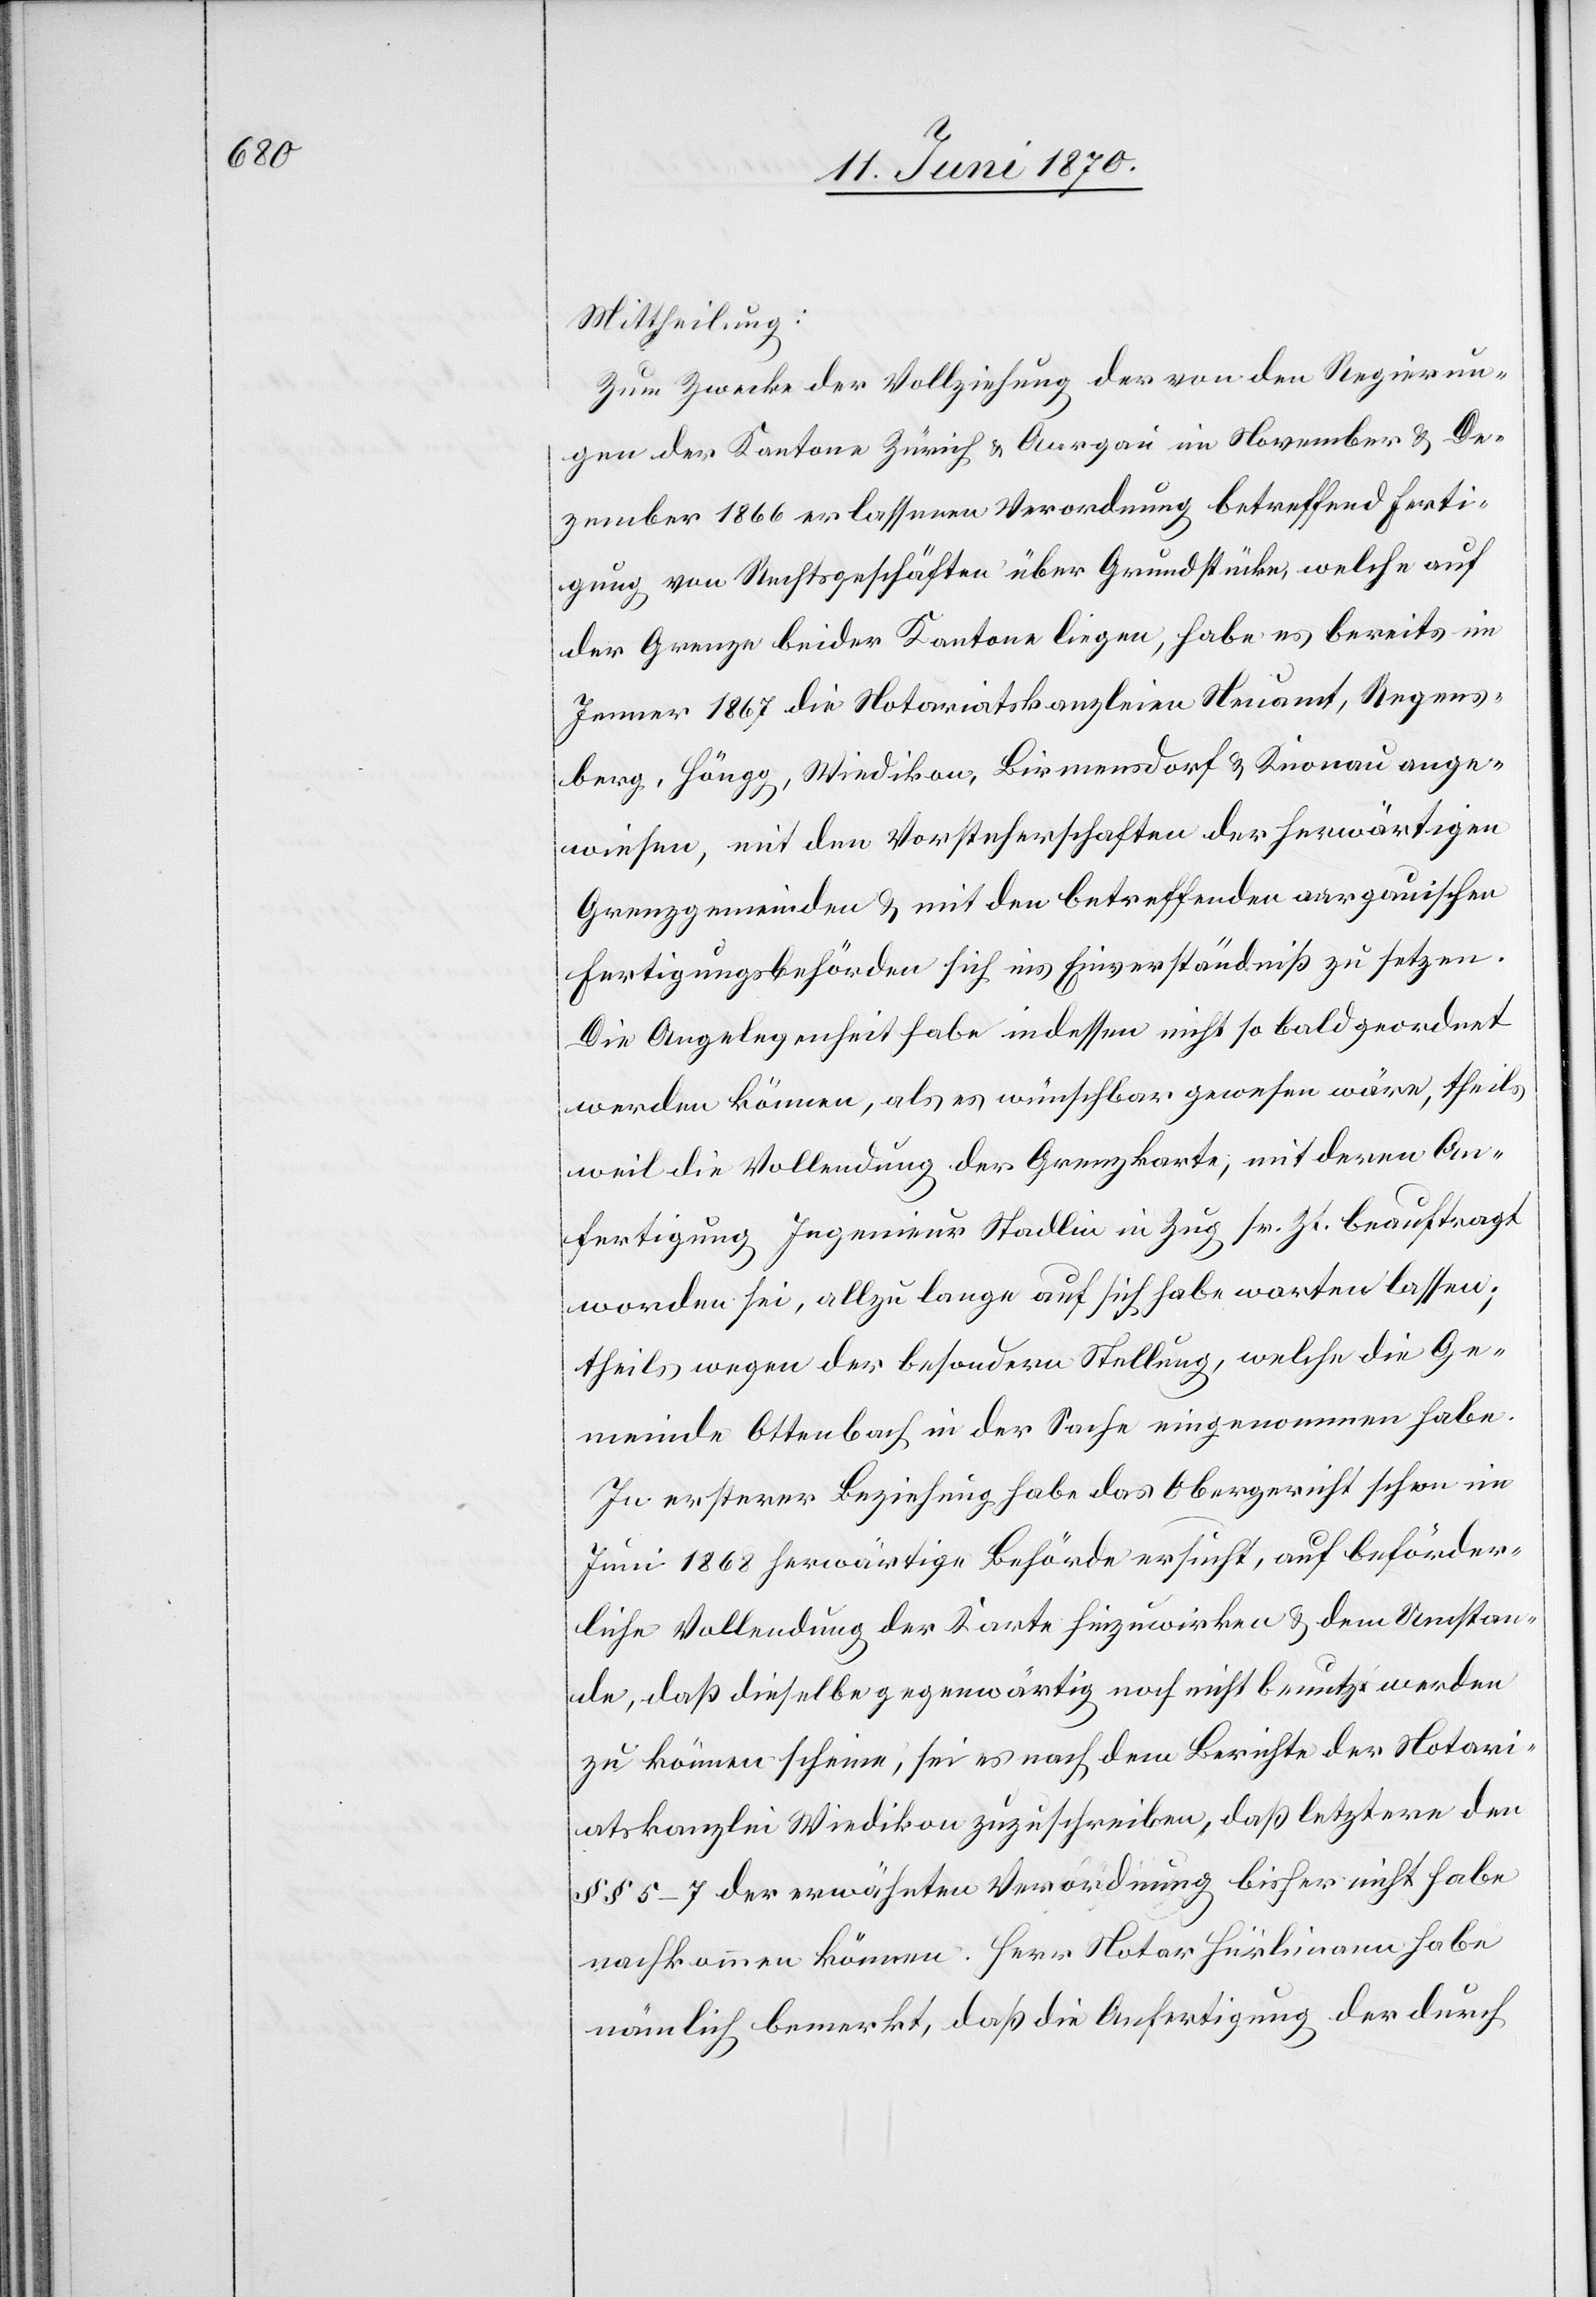
Mittheilung:
Zum Zwecke der Vollziehung der von den Regierun¬
gen der Kantone Zürich & Aargau im November & De¬
zember 1866 erlassenen Verordnung betreffend Ferti¬
gung von Rechtsgeschäften über Grundstücke, welche auf
der Grenze beider Kantone liegen, habe es bereits im
Jenner 1867 die Notariatskanzleien Neuamt, Regens¬
berg, Höngg, Wiedikon, Birmensdorf & Knonau ange¬
wiesen, mit den Vorsteherschaften der herwärtigen
Grenzgemeinden & mit den betreffenden aargauischen
Fertigungsbehörden sich ins Einverständniß zu setzen.
Die Angelegenheit habe indessen nicht so bald geordnet
werden können, als es wünschbar gewesen wäre, theils
weil die Vollendung der Grenzkarte, mit deren An¬
fertigung Ingenieur Stadlin in Zug sr. Zt. beauftragt
worden sei, allzu lange auf sich habe warten lassen;
theils wegen der besondern Stellung, welche die Ge¬
meinde Ottenbach in der Sache eingenommen habe.
In ersterer Beziehung habe das Obergericht schon im
Juni 1868 herwärtige Behörde ersucht, auf beförder¬
liche Vollendung der Karte hinzuwirken & dem Umstan¬
de, daß dieselbe gegenwärtig noch nicht benutzt werden
zu können scheine, sei es nach dem Berichte der Notari¬
atskanzlei Wiedikon zuzuschreiben, daß letztere den
§§ 5–7 der erwähnten Verordnung bisher nicht habe
nachkommen können. Herr Notar Hürlimann habe
nämlich bemerkt, daß die Anfertigung der durch